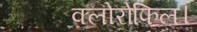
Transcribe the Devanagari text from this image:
क्लोरोफिल।